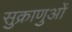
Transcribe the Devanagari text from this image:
सुक्राणुओं